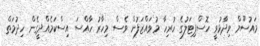
މައުސޫމް ވިދާޅުވީ ހޮސްޕިޓަލުގެ ހުރިހާ މުވައްޒަފުން ވެސް މިހާރު ހާއްސަ އިސްކަމެއްދީގެން ހިދުމަތް